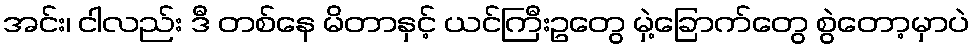
အင်း၊ ငါလည်း ဒီ တစ်နေ မိတာနှင့် ယင်ကြီးဥတွေ မှဲ့ခြောက်တွေ စွဲတော့မှာပဲ